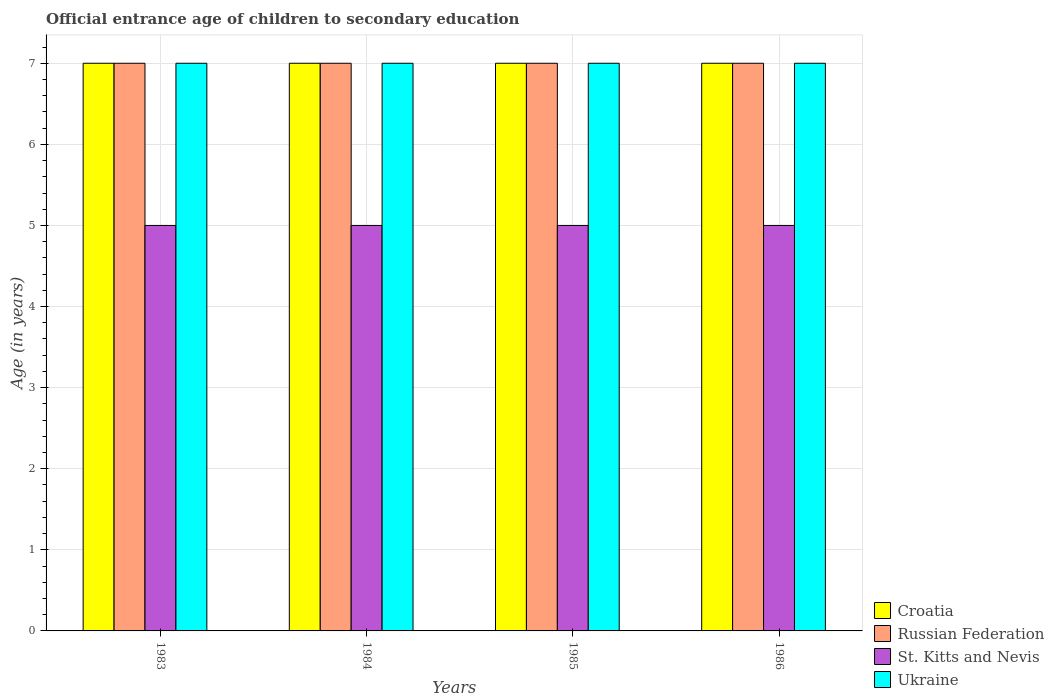
| Years | Croatia | Russian Federation | St. Kitts and Nevis | Ukraine |
 | --- | --- | --- | --- | --- |
 | 1983 | 7 | 7 | 5 | 7 |
 | 1984 | 7 | 7 | 5 | 7 |
 | 1985 | 7 | 7 | 5 | 7 |
 | 1986 | 7 | 7 | 5 | 7 |